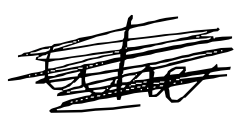
Text: who
Cross-out: scratch
Writing tool: digital_black